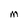
Character: M